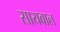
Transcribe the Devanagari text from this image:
सायवाल